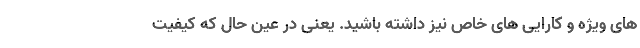
های ویژه و کارایی های خاص نیز داشته باشید. یعنی در عین حال که کیفیت